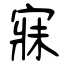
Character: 寐